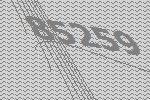
85259